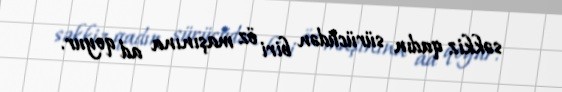
səkkiz qadın sürücüdən biri öz maşınına ad qoyur.